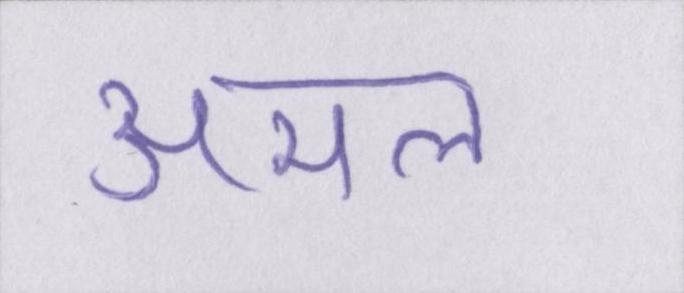
अमल